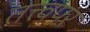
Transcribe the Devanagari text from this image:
तत्त्वपर